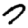
Digit: 7